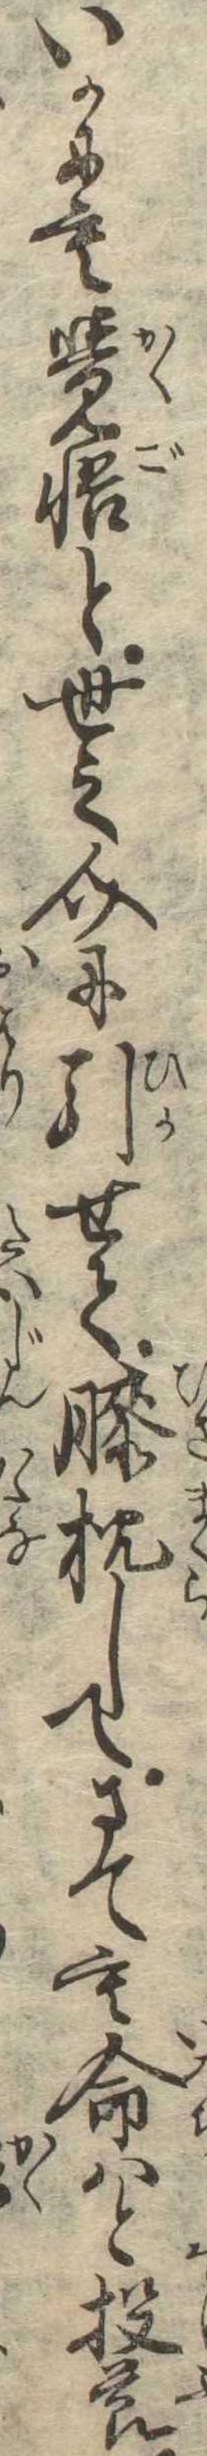
いかにも覚悟と世之介に引せて膝枕してさても命はと投節